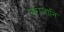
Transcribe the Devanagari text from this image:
सरोजानि